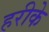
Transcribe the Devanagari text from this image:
हरीके